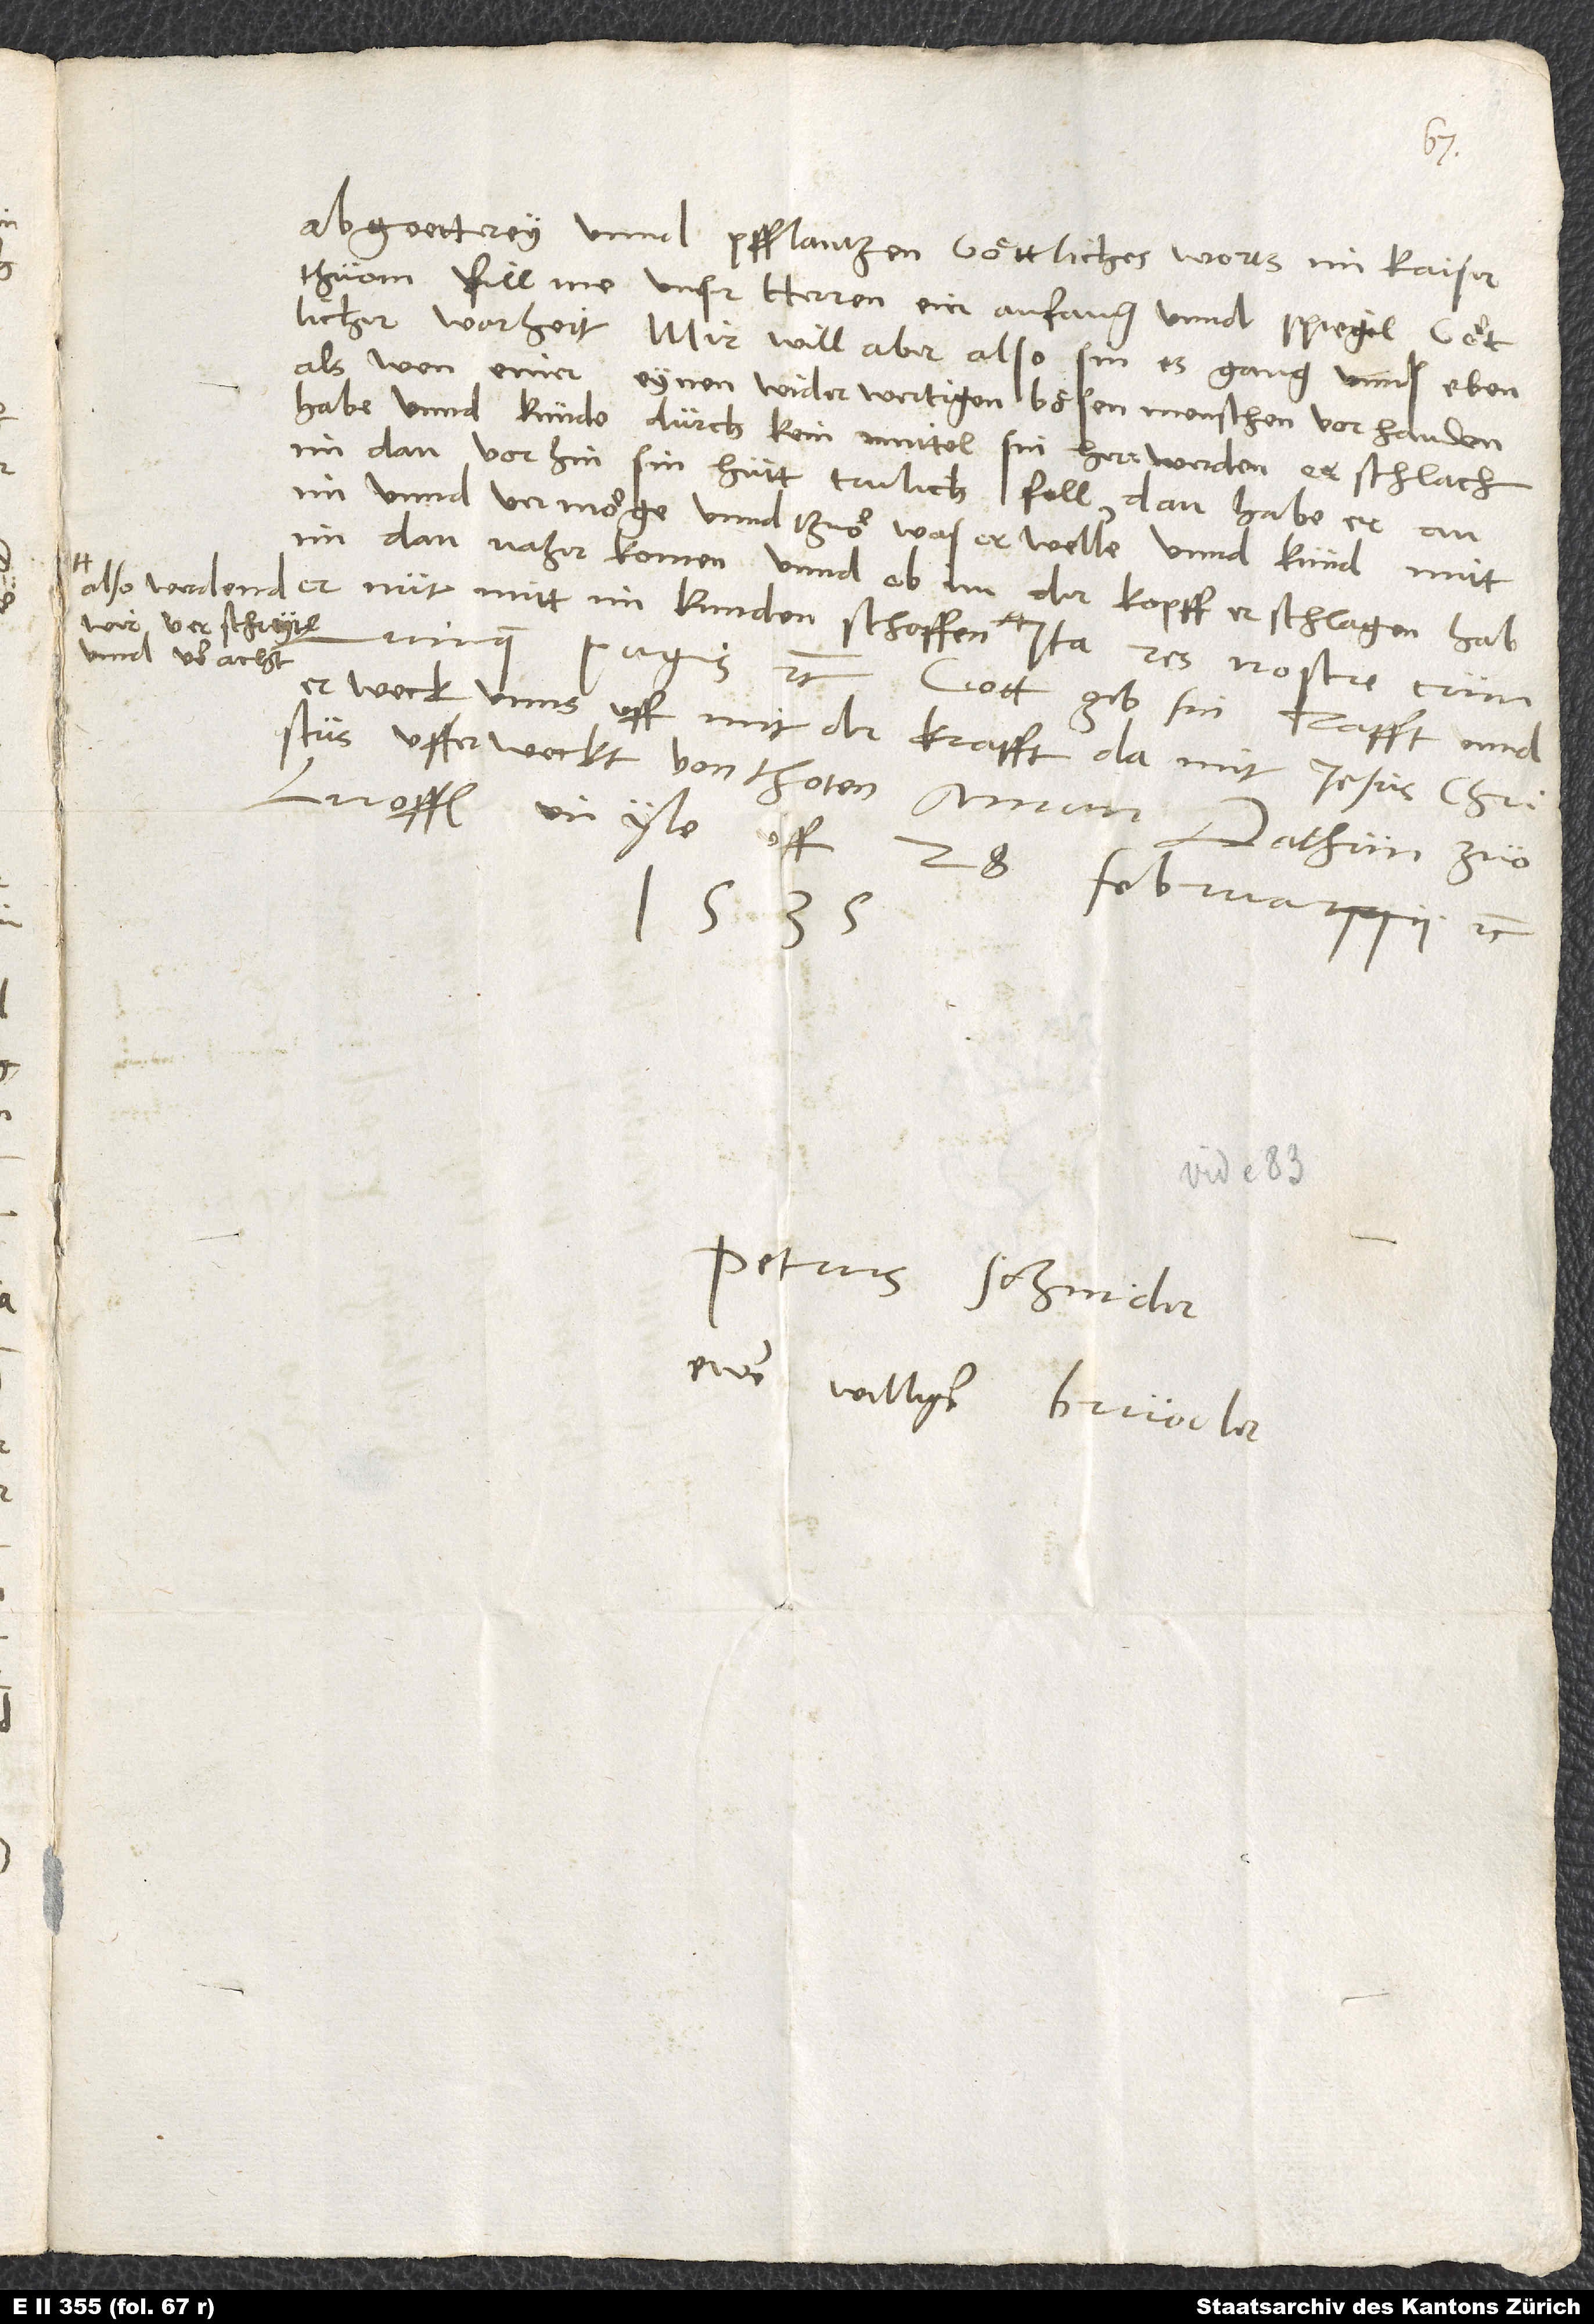
abgötterey unnd pfflanzen göttliches worts im kaiserthuom,
fill me unser herren, ein anfang unnd spiegel götlicher
warheit. Mir will aber also sin, es gang uns eben,
als wen einer eynen widerwertigen, bösen menschen vorhanden
habe unnd kunde durch kein mittel sin herr werden, er schlach
im dan vorhin sin butt trulich foll; dan habe er an
im unnd vermöge unnd thuö, was er welle, unnd kund mitt
im dan naherkomen; unnd ob im der kopff erschlagen, hab
wir verschreyt
und veracht.
quinque pagis etc. Gott gib sin kraft unnd
erweck unns uff mit der krafft, damit Jesus Christus
ufferweckt von thoten. Amen. Dathum zuo
Luoffen, in yle, uff 28. februarii etc.
1535.
Petrus Schnider,
ewer williger bruoder.